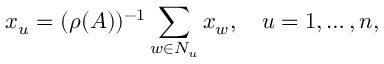
x _ { u } = ( \rho ( A ) ) ^ { - 1 } \sum _ { w \in N _ { u } } x _ { w } , \quad u = 1 , \ldots , n ,